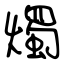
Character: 燭